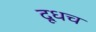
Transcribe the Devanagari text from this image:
दूधच